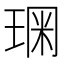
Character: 𰢂